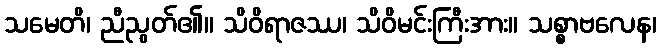
သမေတိ၊ ညီညွတ်၏။ သိဝိရာဇဿ၊ သိဝိမင်းကြီးအား။ သစ္စာဗလေန၊